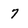
Character: 7